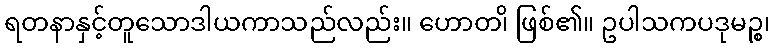
ရတနာနှင့်တူသောဒါယကာသည်လည်း။ ဟောတ၊ိ ဖြစ်၏။ ဥပါသကပဒုမဉ္စ၊